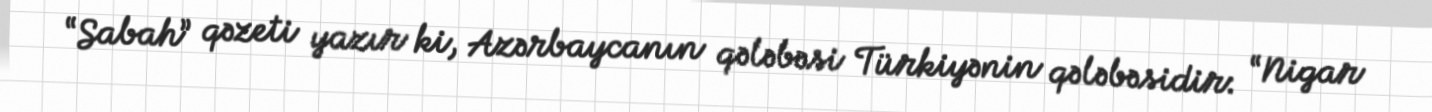
“Sabah” qəzeti yazır ki, Azərbaycanın qələbəsi Türkiyənin qələbəsidir: “Nigar